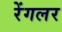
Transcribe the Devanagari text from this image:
रेंगलर